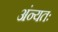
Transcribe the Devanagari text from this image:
अंन्यतः